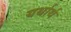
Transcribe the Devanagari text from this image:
यर्थार्थ